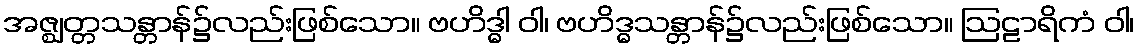
အဇ္ဈတ္တသန္တာန်၌လည်းဖြစ်သော။ ဗဟိဒ္ဓါ ဝါ၊ ဗဟိဒ္ဓသန္တာန်၌လည်းဖြစ်သော။ ဩဠာရိကံ ဝါ၊